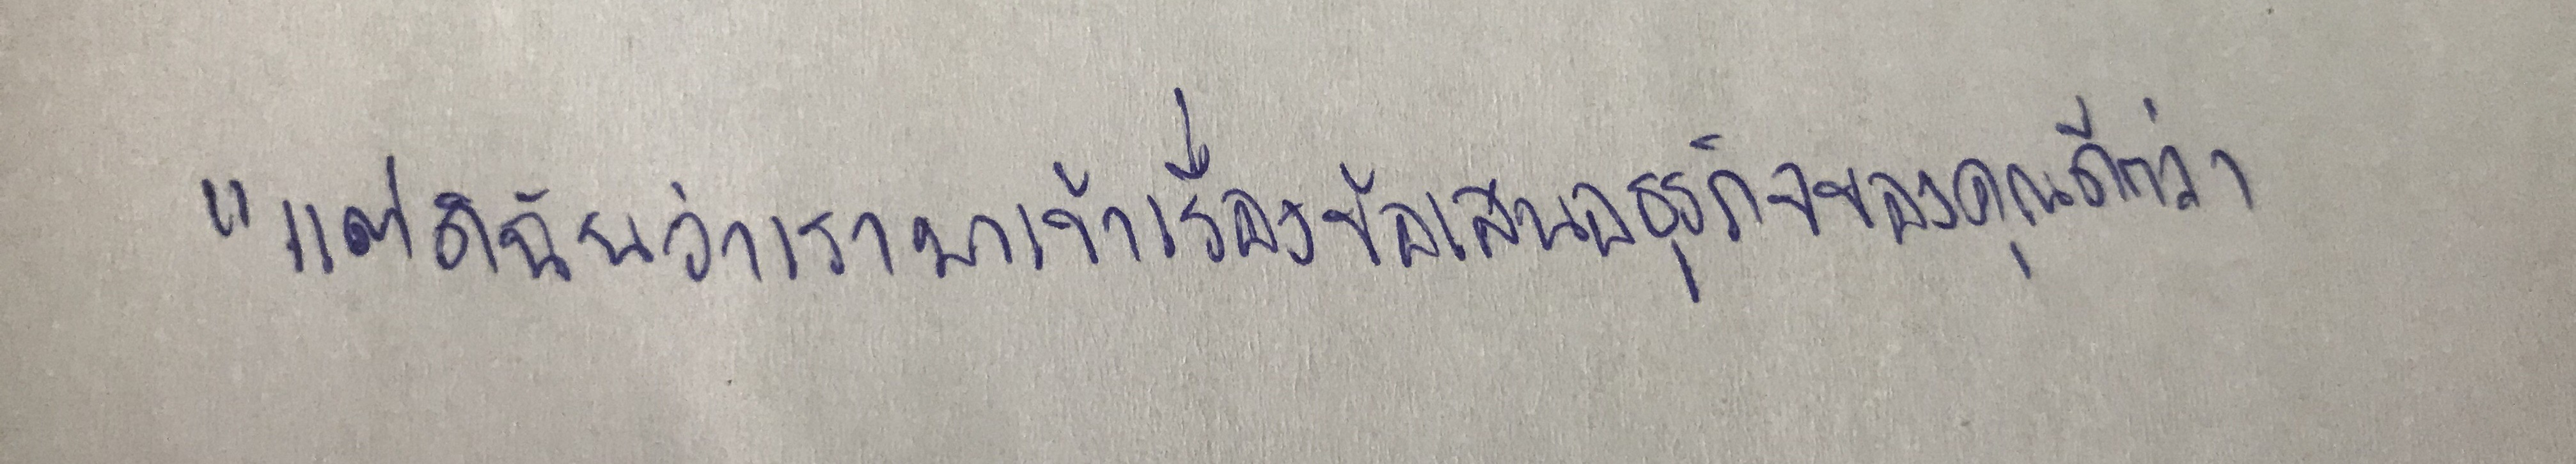
"แต่ดิฉันว่าเรามาเข้าเรื่องข้อเสนอธุรกิจของคุณดีกว่า